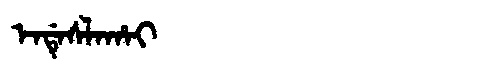
Manchu: ᡝᠨᡩᡝᠰᠯᠠᡥᠠᡳ
Romanization: ENDESLAHAI